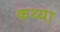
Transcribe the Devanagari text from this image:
कथ्या